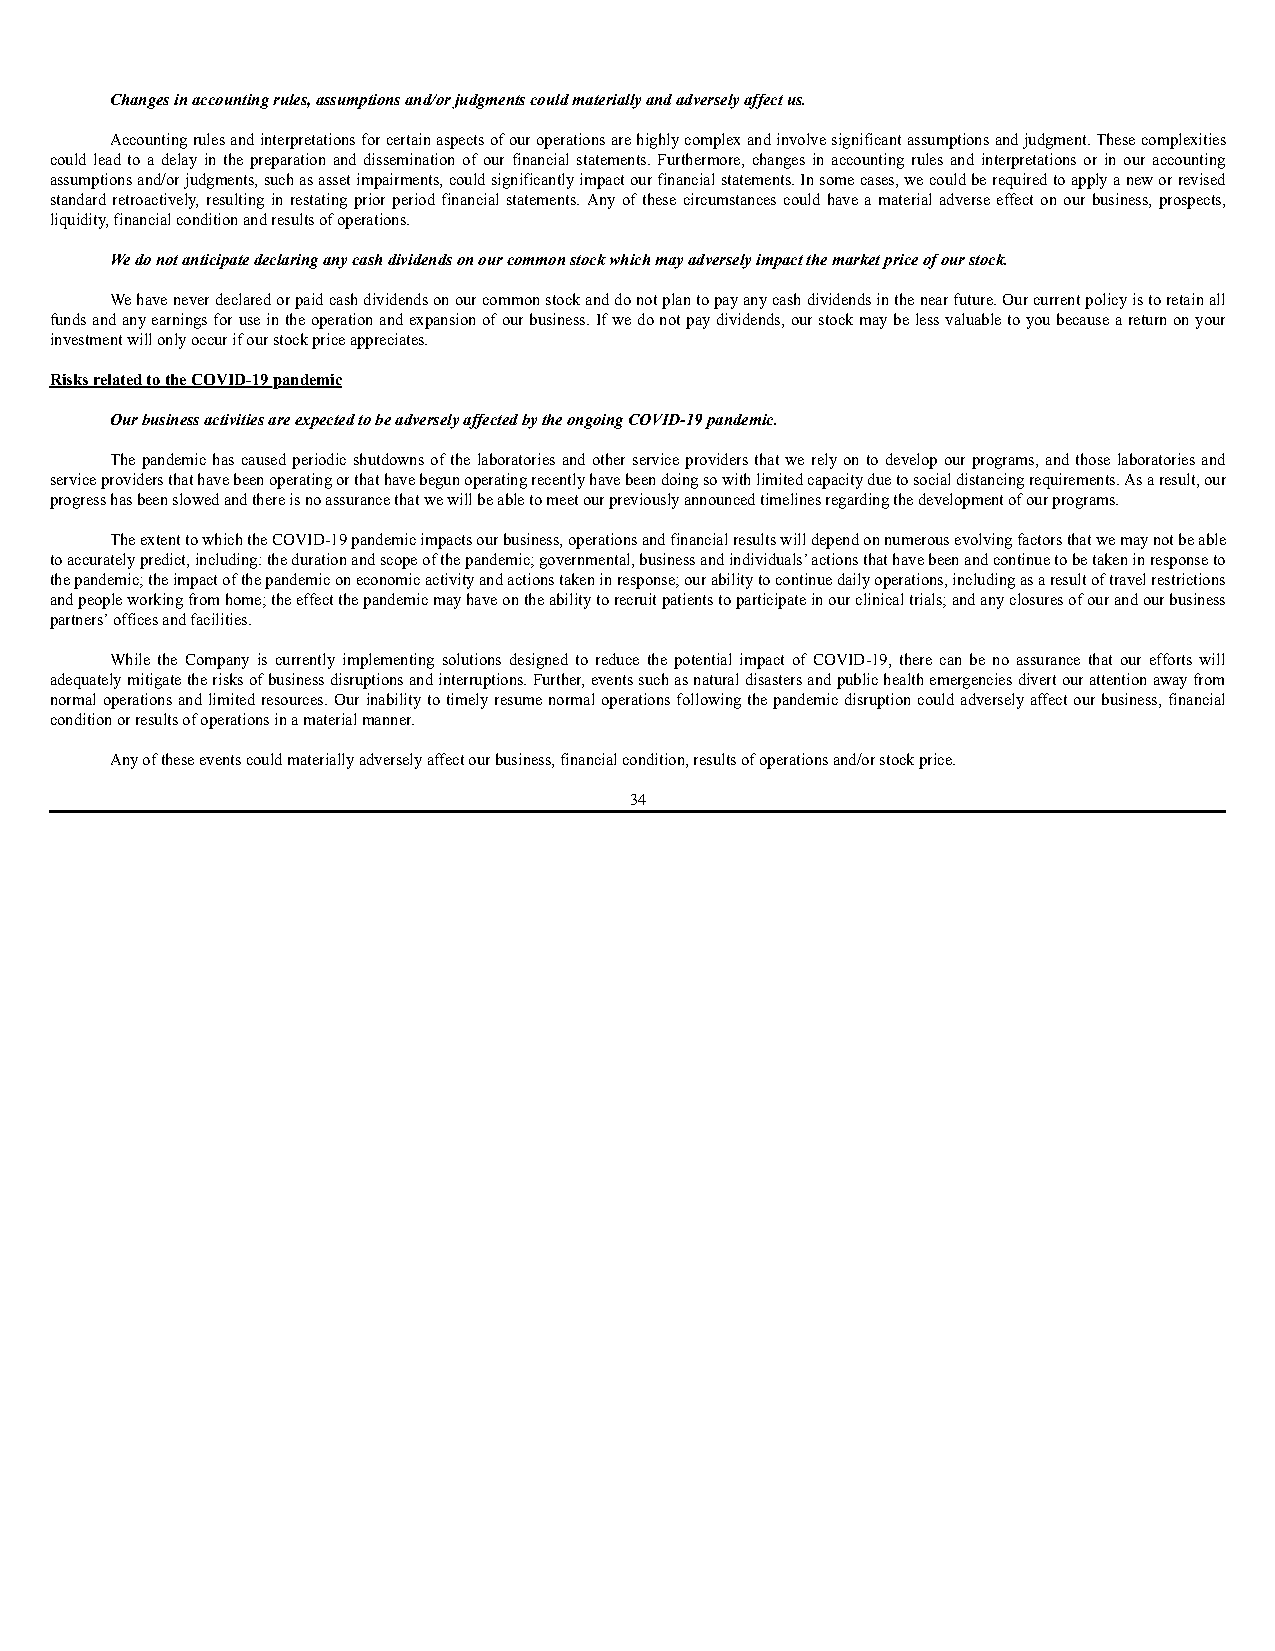
Changes in accounting rules, assumptions and/or judgments could materially and adversely affect us.
 Accounting rules and interpretations for certain aspects of our operations are highly complex and involve significant assumptions and judgment. These complexities
 could lead to a delay in the preparation and dissemination of our financial statements. Furthermore, changes in accounting rules and interpretations or in our accounting
 assumptions and/or judgments, such as asset impairments, could significantly impact our financial statements. In some cases, we could be required to apply a new or revised
 standard retroactively, resulting in restating prior period financial statements. Any of these circumstances could have a material adverse effect on our business, prospects,
 liquidity, financial condition and results of operations.
 We do not anticipate declaring any cash dividends on our common stock which may adversely impact the market price of our stock.
 We have never declared or paid cash dividends on our common stock and do not plan to pay any cash dividends in the near future. Our current policy is to retain all
 funds and any earnings for use in the operation and expansion of our business. If we do not pay dividends, our stock may be less valuable to you because a return on your
 investment will only occur if our stock price appreciates.
 Risks related to the COVID-19 pandemic
 Our business activities are expected to be adversely affected by the ongoing COVID-19 pandemic.
 The pandemic has caused periodic shutdowns of the laboratories and other service providers that we rely on to develop our programs, and those laboratories and
 service providers that have been operating or that have begun operating recently have been doing so with limited capacity due to social distancing requirements. As a result, our
 progress has been slowed and there is no assurance that we will be able to meet our previously announced timelines regarding the development of our programs.
 The extent to which the COVID-19 pandemic impacts our business, operations and financial results will depend on numerous evolving factors that we may not be able
 to accurately predict, including: the duration and scope of the pandemic; governmental, business and individuals’ actions that have been and continue to be taken in response to
 the pandemic; the impact of the pandemic on economic activity and actions taken in response; our ability to continue daily operations, including as a result of travel restrictions
 and people working from home; the effect the pandemic may have on the ability to recruit patients to participate in our clinical trials; and any closures of our and our business
 partners’ offices and facilities.
 While the Company is currently implementing solutions designed to reduce the potential impact of COVID-19, there can be no assurance that our efforts will
 adequately mitigate the risks of business disruptions and interruptions. Further, events such as natural disasters and public health emergencies divert our attention away from
 normal operations and limited resources. Our inability to timely resume normal operations following the pandemic disruption could adversely affect our business, financial
 condition or results of operations in a material manner.
 Any of these events could materially adversely affect our business, financial condition, results of operations and/or stock price.
 34